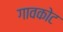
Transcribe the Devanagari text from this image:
गावकोट